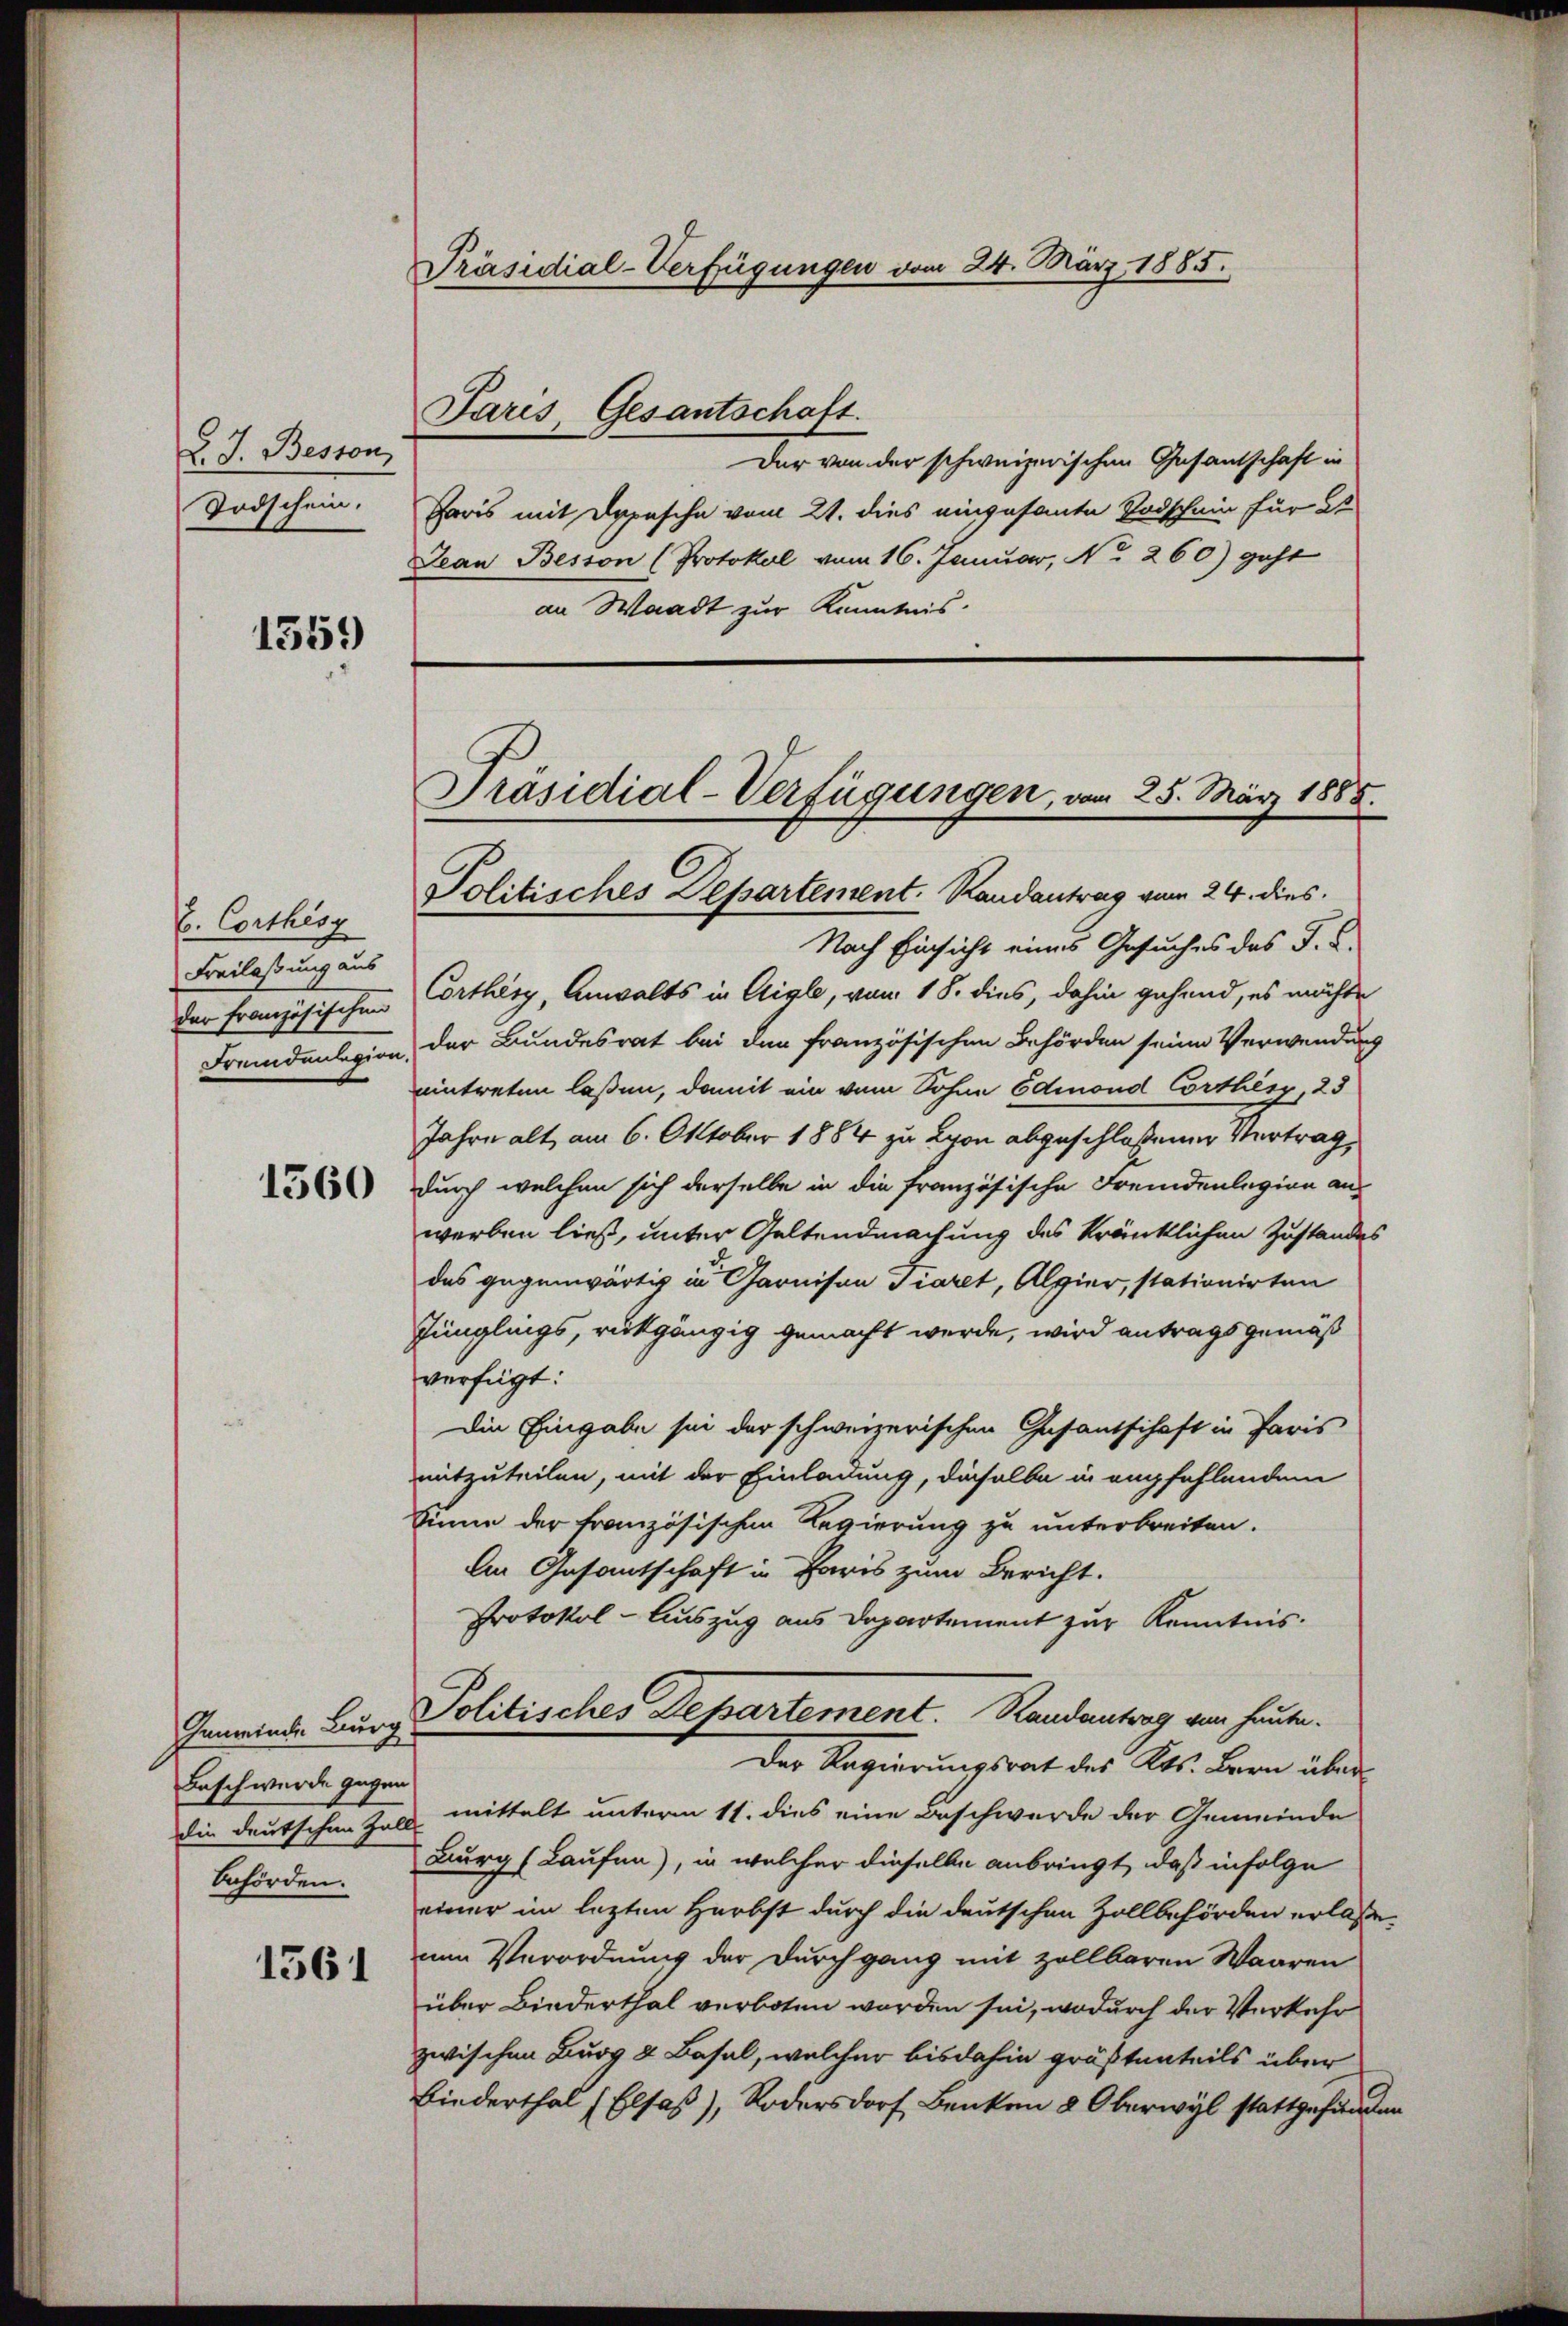
d. J. Beston
Todschein.

1359)

C. Corthes
Freilassung aus
der Französischen
Fremdenlegion

1560

Gemeinde Burg
Baschwerde gegen

1361

Präsidial-Verfügungen vom 24. März 1885.
Paris, Gesantschaft.

Der von der schweizerischen Gesantschaft in
Paris mit Depesche vom 21. dies eingesante Todschein für S
Jean Besson (Protokol vom 16. Januar, No. 260) geht
an Waadt zur Kenntnis.

Präsidial-Verfügungen, vom 25. März 1885.
Politisches Departement. Randantrag vom 24. dies

Nach Einsicht eines Gesuches des F. B.
Corthey, Anwalts in Aigle, vom 18. dies, dahin gehend, es möchte
der Bundesrat bei den französischen Behörden seine Verwendung
eintreten laßen, damit ein vom Sohne Edinond Corthes, 23
Jahre alt, am 6. Oktober 1884 zu Lyon abgeschloßenen Vertrag,
durch welchen sich derselbe in die französische Fremdenlegion aus
werben ließ, unter Geltendmachung des kränklichen Zustandes
das gegenwärtig in Garnison Tiaret, Alpier, stationirten
Jünglings, rückgängig gemacht werde, wird antragsgemäß
verfügt:
Die Eingabe sei der schweizerischen Gasantschaft in Paris
mitzuteilen, mit der Einladung, dieselbe in empfehlendem
Zinne der französischen Regierung zu unterbreiten.
An Gesantschaft in Paris zum Bericht.
Protokol-Auszug aus Departement zur Kenntnis.
Politisches Departement. Randantrag vom heute.
Der Regierungsrat des Kts. Bern überdie deutschen Zoll mittelt unterm 11. dies eine Beschwerde der Gemeinde
Burg (Laufen), in welcher dieselbe anbringt, daß infolge
behörden einer im lezten Herbst durch die deutschen Zollbehörden erlasse.
um Verordnung der Durchgang mit zollbaren Waaren
über Biederthal verboten worden sei, wodurch der Verkehr
zwischen Burg & Basel, welcher bis dahin größtenteils über
Biederthal (Elsaß), odersdorf Benken 8 Oberwyl stattgefunden